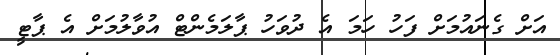
އަށް ގެނައުމަށް ފަހު ހަމަ އެ ދުވަހު ޕާލަމެންޓް އުވާލުމަށް އެ ޕާޓީ